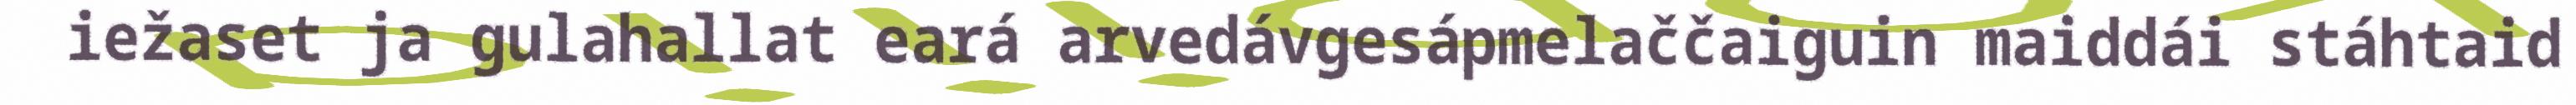
iežaset ja gulahallat eará arvedávgesápmelaččaiguin maiddái stáhtaid